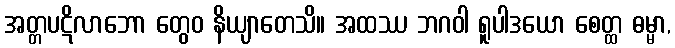
အတ္တပဋိလာဘော တွေဝ နိယျာတေသိ။ အထဿ ဘဂဝါ ရူပါဒယော စေတ္ထ ဓမ္မာ,